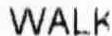
WALK